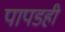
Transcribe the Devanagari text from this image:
पापडही